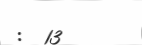
:  13